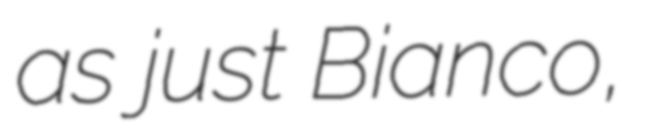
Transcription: as just Bianco,